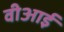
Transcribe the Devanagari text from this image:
वीआई